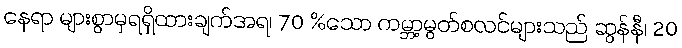
နေရာ များစွာမှရရှိထားချက်အရ၊ 70 %သော ကမ္ဘာ့မွတ်စလင်များသည် ဆွန်နီ၊ 20